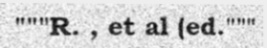
"""R. , et al (ed."""